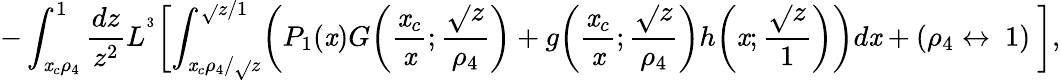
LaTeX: -\int_{\mathit{x}_{c}\rho_{4}}^{1}\frac{{dz}}{{z^{2}}}L^{^3}\biggl[\int_{{\mathit{x}_{c}\rho_{4}}/{\sqrt{}{{z}}}}^{\sqrt{}{{z}}/1}\biggl(P_{1}(\mathit{x})G\biggl(\frac{{\mathit{x}_{c}}}{{\mathit{x}}};\frac{{\sqrt{}{{z}}}}{{\rho_{4}}}\biggr)+g\biggl(\frac{{\mathit{x}_{c}}}{{\mathit{x}}};\frac{{\sqrt{}{{z}}}}{{\rho_{4}}}\biggr)h\biggl(\mathit{x};\frac{{\sqrt{}{{z}}}}{{1}}\biggr)\biggr)d\mathit{x}+(\rho_{4}\leftrightarrow\ 1)\ \biggr],